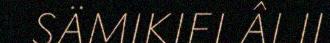
SÄMIKIELÂLII